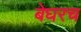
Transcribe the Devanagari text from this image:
बेघरच